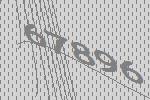
67896